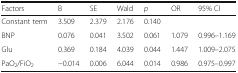
| Factors | B | SE | Wald | p | OR | 95% CI |
 | --- | --- | --- | --- | --- | --- | --- |
 | Constant term | 3.509 | 2.379 | 2.176 | 0.140 |  |  |
 | BNP | 0.076 | 0.041 | 3.502 | 0.061 | 1.079 | 0.996–1.169 |
 | Glu | 0.369 | 0.184 | 4.039 | 0.044 | 1.447 | 1.009–2.075 |
 | PaO2/FiO2 | −0.014 | 0.006 | 6.044 | 0.014 | 0.986 | 0.975–0.997 |